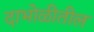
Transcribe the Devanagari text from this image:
दाभोळीतील